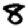
Digit: 8